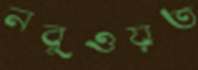
নবুওয়ত